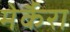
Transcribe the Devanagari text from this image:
मेर्कैरा